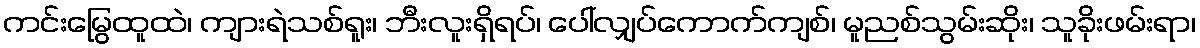
ကင်းမြွေထူထဲ၊ ကျားရဲသစ်ရူး၊ ဘီးလူးရှိရပ်၊ ပေါ်လျှပ်ကောက်ကျစ်၊ မူညစ်သွမ်းဆိုး၊ သူခိုးဖမ်းရာ၊